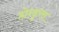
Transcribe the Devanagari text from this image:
होन्डुरस